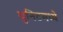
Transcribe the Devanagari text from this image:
युनिटमध्ये